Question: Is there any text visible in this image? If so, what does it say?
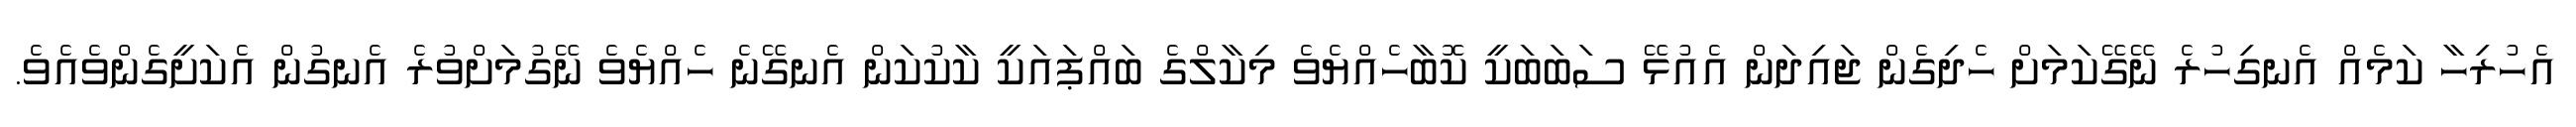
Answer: އެހުރިހާ ކަމެއް އެނގިހުރެ ނޭގޭކަމަށް ހެދިގެން ޖައިދަން އެއުޅޭ ސަބަބަކީ ކޮބާހެއްޔެވެ މިކާލްގެ ބައްޕައަކީ ކާކުކަން އެނގޭނެ ހެއްޔެވެ ނޭގުމަށްވުރެ އެނގުން އެކަށީގެންވެއެވެ.